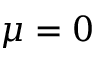
\mu = 0